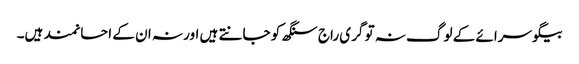
بیگو سرائے کے لوگ نہ تو گری راج سنگھ کو جانتے ہیں اور نہ ان کے احسانمند ہیں۔